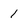
Character: 1